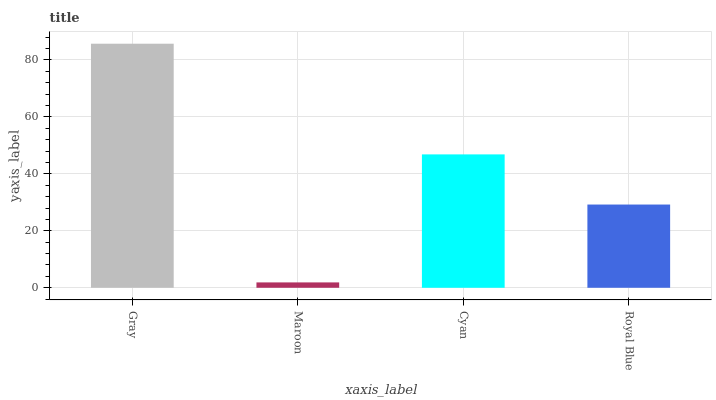
| xaxis_label | bars |
 | --- | --- |
 | Gray | 85.7 |
 | Maroon | 1.88 |
 | Cyan | 46.8 |
 | Royal Blue | 29.2 |